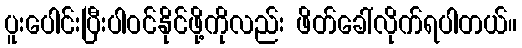
ပူးပေါင်းပြီးပါဝင်နိုင်ဖို့ကိုလည်း ဖိတ်ခေါ်လိုက်ရပါတယ်။